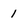
Character: 1